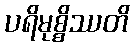
ပရိမုစ္စိဿတိ